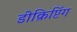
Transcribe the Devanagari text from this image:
डीक्रिप्टिंग